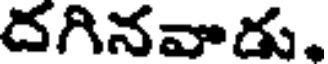
దగినవాడు.